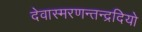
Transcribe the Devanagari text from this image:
देवास्मरणन्तन्द्रदियो